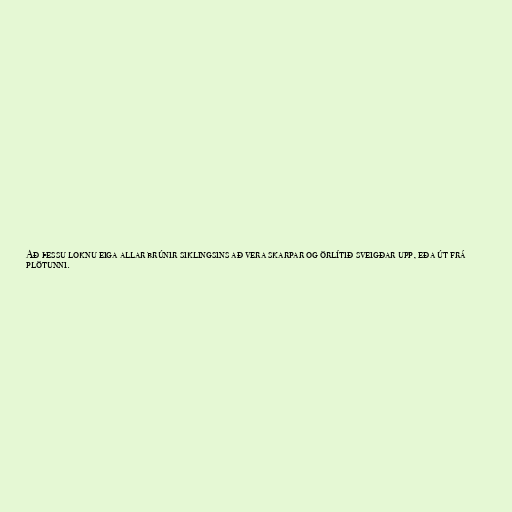
Að þessu loknu eiga allar brúnir siklingsins að vera skarpar og örlítið sveigðar upp, eða út frá
plötunni.